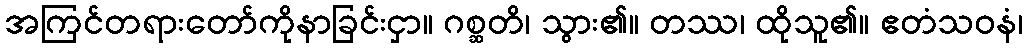
အကြင်တရားတော်ကိုနာခြင်းငှာ။ ဂစ္ဆတိ၊ သွား၏။ တဿ၊ ထိုသူ၏။ ဧတံသဝနံ၊